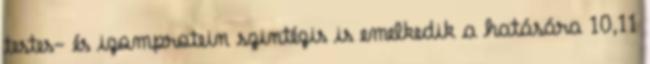
testes- és izomprotein szintézis is emelkedik a hatására 10,11